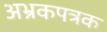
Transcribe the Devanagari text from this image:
अभ्रकपत्रक